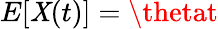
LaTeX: E[\mathit{X}(t)]=\thetat